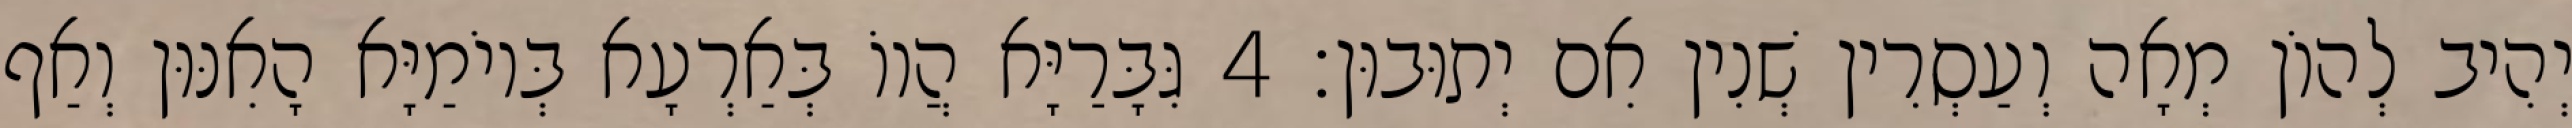
יְהִיב לְהוֹן מְאָה וְעַסְרִין שְׁנִין אִם יְתוּבוּן׃ 4 גִּבָּרַיָּא הֲווֹ בְּאַרְעָא בְּיוֹמַיָּא הָאִנּוּן וְאַף